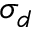
\sigma _ { d }